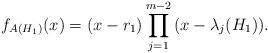
LaTeX: \begin{align*}f_{A(H_1 )} (x) = (x - r_1)\prod\limits_{j = 1}^{m - 2} {(x -\lambda _j (H_1 ))}.\end{align*}